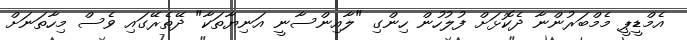
އެމްޑީޕީ މެމްބަރުންނާ ދެކޮޅަށް ފުލުހުން ހިންގި "ލާއިންސާނީ އަނިޔާތަކާ" ދޭތެރޭގައި ވެސް މިހާތަނަށް